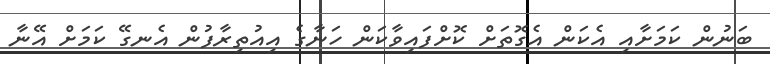
ބަނުން ކަމަށާއި އެކަން އެގޮތަށް ކޮށްފައިވާކަން ހަނާގެ އިއުތިރާފުން އެނގޭ ކަމަށް އޭނާ